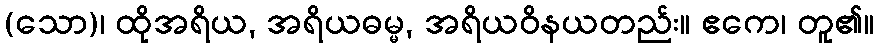
(သော)၊ ထိုအရိယ, အရိယဓမ္မ, အရိယဝိနယတည်း။ ဧကေ၊ တူ၏။